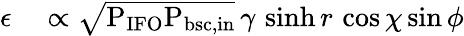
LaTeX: \begin{array}{rl}{\epsilon}&{{}\propto\sqrt{\mathrm{P_{IFO}P_{bsc,in}}}\, \gamma\, \sinh r\, \cos\chi\sin\phi}\end{array}